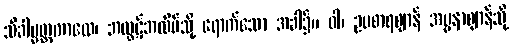
သိခါပ္ပတ္တကာလေ၊ အထွဋ်အထိပ်သို့ ရောက်သော အခါ၌။ ဝါ၊ ဥပစာရဈာန် အပ္ပနာဈာန်သို့